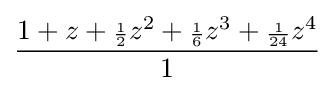
{\frac {1+z+{\scriptstyle {\frac {1}{2}}}z^{2}+{\scriptstyle {\frac {1}{6}}}z^{3}+{\scriptstyle {\frac {1}{24}}}z^{4}}{1}}